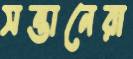
সন্তানেরা